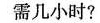
需几小时?